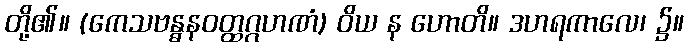
တို့၏။ (ကေသဗန္ဓနဝတ္ထဂ္ဂဟဏံ) ဝိယ န ဟောတိ။ ဒဟရကာလေ၊ ၌။